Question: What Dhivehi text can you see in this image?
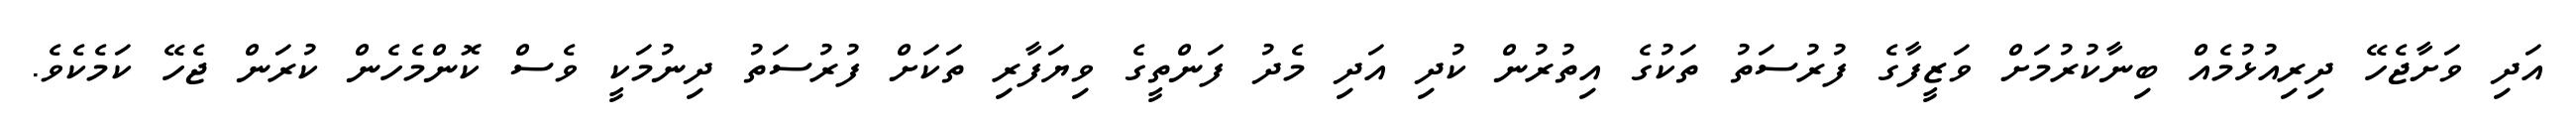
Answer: އަދި ވަށާޖެހޭ ދިރިއުޅުމެއް ބިނާކުރުމަށް ވަޒީފާގެ ފުރުސަތު ތަކުގެ އިތުރުން ކުދި އަދި މެދު ފަންތީގެ ވިޔަފާރި ތަކަށް ފުރުސަތު ދިނުމަކީ ވެސް ކޮންމެހެން ކުރަން ޖެހޭ ކަމެކެވެ.